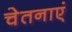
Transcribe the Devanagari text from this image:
चेतनाएं